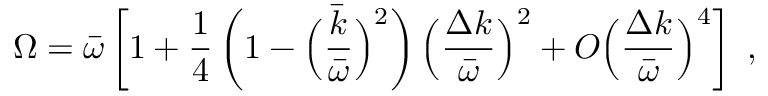
\Omega = \bar { \omega } \left[ 1 + { \frac { 1 } { 4 } } \left( 1 - \Big ( { \frac { \bar { k } } { \bar { \omega } } } \Big ) ^ { 2 } \right) \Big ( { \frac { \Delta k } { \bar { \omega } } } \Big ) ^ { 2 } + O \Big ( { \frac { \Delta k } { \bar { \omega } } } \Big ) ^ { 4 } \right] ~ ,